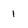
Character: 1